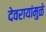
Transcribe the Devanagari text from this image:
देवरायांमुळे